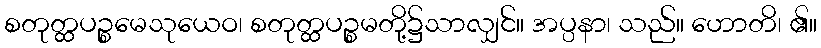
စတုတ္ထပဉ္စမေသုယေဝ၊ စတုတ္ထပဉ္စမတို့၌သာလျှင်။ အပ္ပနာ၊ သည်။ ဟောတိ၊ ၏။